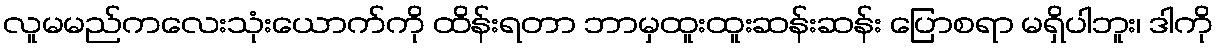
လူမမည်ကလေးသုံးယောက်ကို ထိန်းရတာ ဘာမှထူးထူးဆန်းဆန်း ပြောစရာ မရှိပါဘူး၊ ဒါကို